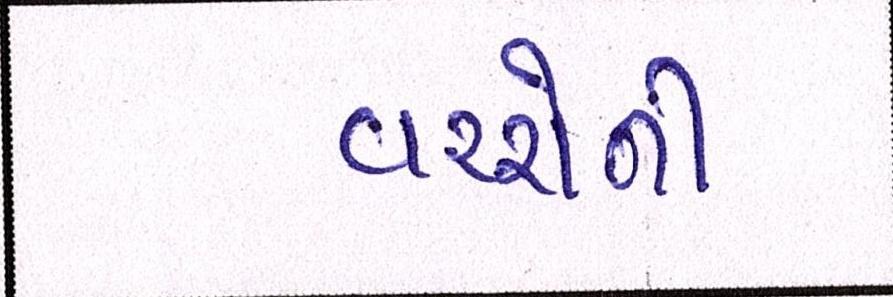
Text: વચ્ચેની